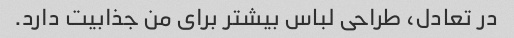
در تعادل، طراحی لباس بیشتر برای من جذابیت دارد.